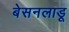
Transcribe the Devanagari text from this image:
बेसनलाडू